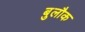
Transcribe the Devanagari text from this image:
बुलौक